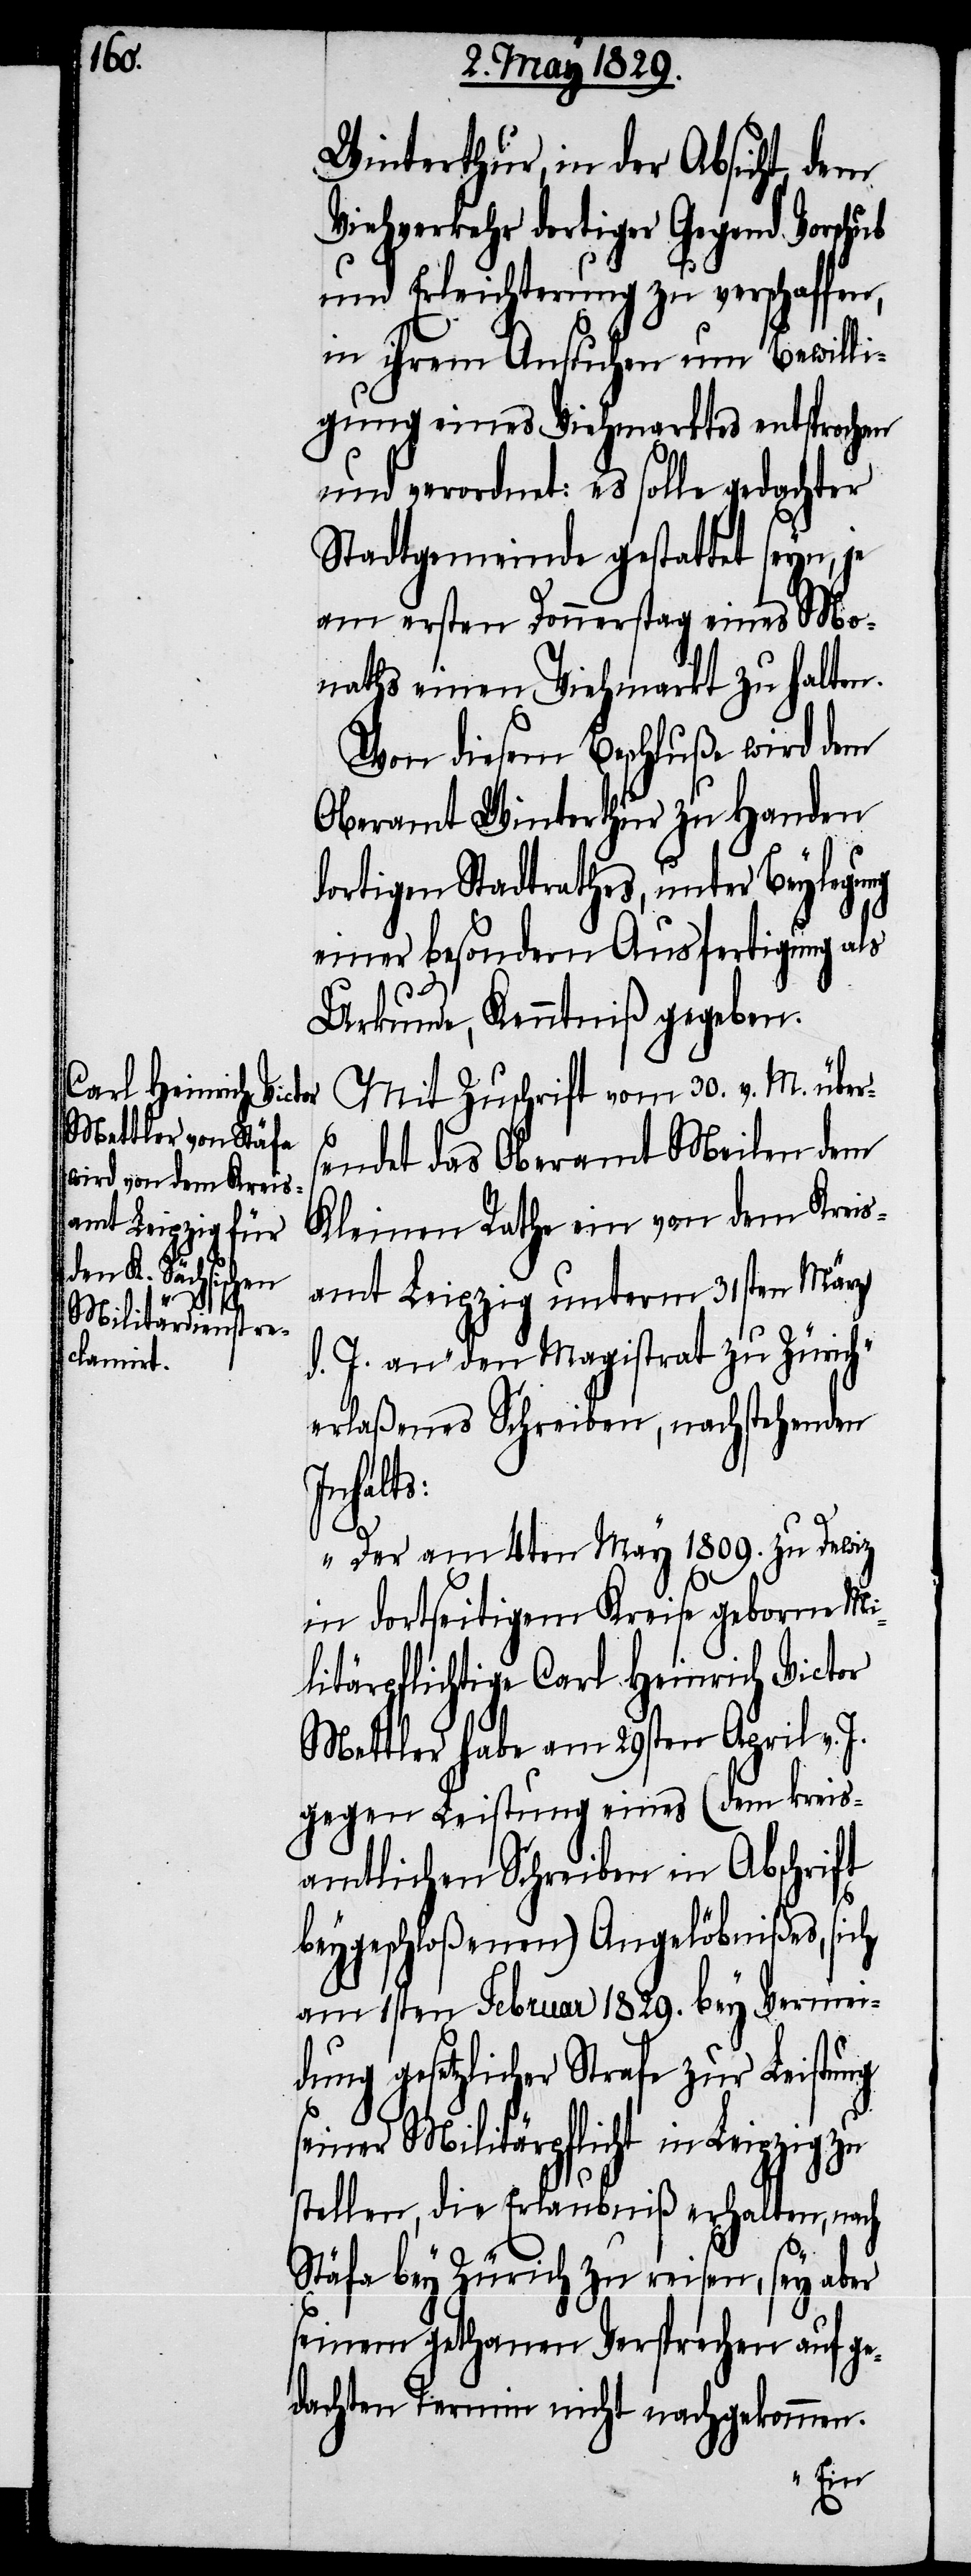
Winterthur, in der Absicht, dem
Viehverkehr dortiger Gegend Vorschub
und Erleichterung zu verschaffen,
in ihrem Ansuchen um Bewilli¬
gung eines Viehmarktes entsprochen
und verordnet: es solle gedachter
Stadtgemeinde gestattet seyn, je
am ersten Donnerstag eines Mo¬
naths einen Viehmarkt zu halten.
Von diesem Beschluße wird dem
Oberamt Winterthur zu Handen
dortigen Stadtrathes, unter Beylegung
einer besondern Ausfertigung als
Urkunde, Kenntniß gegeben.
Mit Zuschrift vom 30. v. M. über¬
sendet das Oberamt Meilen dem
Kleinen Rathe ein von dem Kreis¬
amt Leipzig unterm 31sten März
d. J. an „den Magistraten zu Zürich“
erlaßenes Schreiben, nachstehenden
Inhalts:
„Der am 4ten May 1809. zu Dewiz
in dortseitigem Kreise geborne Mi¬
litärpflichtige Carl Heinrich Victor
Mettler habe am 29sten April v.
gegen Leistung eines (dem kreis¬
amtlichen Schreiben in Abschrift
beygeschloßenen) Angelöbnißes, sich
am 1sten Februar 1829. bey Vermei¬
dung gesetzlicher Strafe zur Leistung
seiner Militärpflicht in Leipzig zu
stellen, die Erlaubniß erhalten, nach
Stäfa bey Zürich zu reisen, sey aber
seinem gethanen Versprechen auf ge¬
dachten Termin nicht nachgekommen.